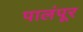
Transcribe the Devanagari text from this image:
पालंपूर